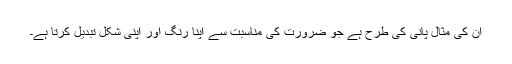
ان کی مثال پانی کی طرح ہے جو ضرورت کی مناسبت سے اپنا رنگ اور اپنی شکل تبدیل کرتا ہے۔